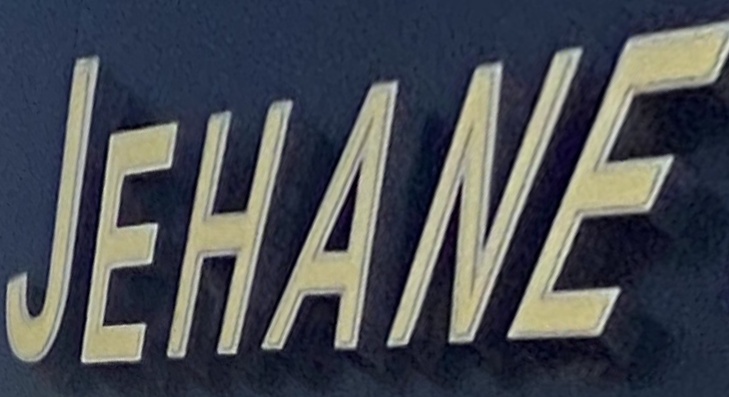
JEHANE